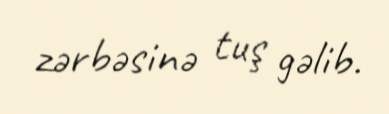
zərbəsinə tuş gəlib.